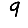
Digit: 9